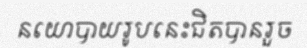
នយោបាយរូបនេះជិតបានរួច